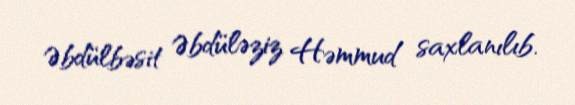
Əbdülbəsit Əbdüləziz Həmmud saxlanılıb.